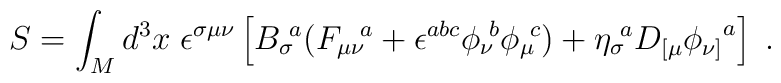
S = \int_{M} d^3 x \; \epsilon^{\sigma\mu\nu}\left [{B_\sigma}\!^a({F_{\mu\nu}}\!^a + \epsilon^{abc}{\phi_\nu}\!^b {\phi_\mu}\!^c) +{\eta_\sigma}\!^a D_{[\mu}{\phi_{\nu]}}^a \right ] \; .